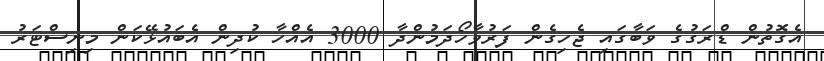
އެގޮތުން ޑްރަގުގެ ވަބާގައި ޖެހިގެން ފަރުވާހޯދަމުންދާ 3000 އެއްހާ ކުދިން އެބައުޅޭކަން މިނިސްޓަރު